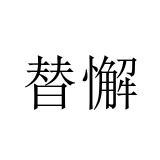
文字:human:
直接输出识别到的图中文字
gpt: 替懈